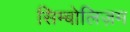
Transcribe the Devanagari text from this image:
सिम्बोलिज़म